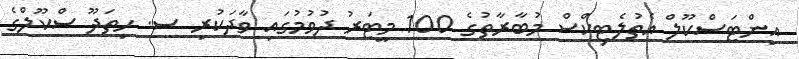
އިންޓަސްކޫލް އެތުލެޓިކްސް މުބާރާތުގެ 100 މީޓަރު ދުވުމުގައި ވާދަކުރި ސ. ހިތަދޫ ސްކޫލްގެ